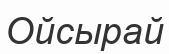
Ойсырай